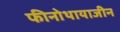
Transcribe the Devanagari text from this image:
फीनोथायाजीन